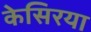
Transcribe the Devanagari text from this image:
केसिरया